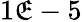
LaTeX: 1\mathfrak{E}-5